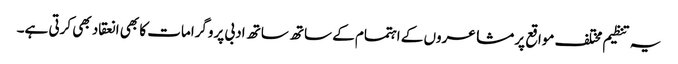
یہ تنظیم مختلف مواقع پر مشاعروں کے اہتمام کے ساتھ ساتھ ادبی پروگرامات کا بھی انعقاد بھی کرتی ہے۔